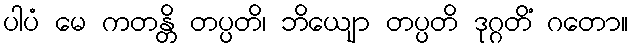
ပါပံ မေ ကတန္တိ တပ္ပတိ၊ ဘိယျော တပ္ပတိ ဒုဂ္ဂတိံ ဂတော။